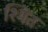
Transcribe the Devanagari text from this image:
श्मित